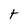
Character: t